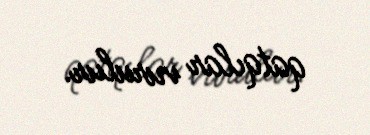
qatqılar vurulur.